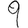
Digit: 9